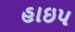
હાઇપ